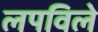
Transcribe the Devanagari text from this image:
लपविले